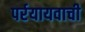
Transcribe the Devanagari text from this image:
पर्रयायवाची